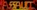
ASSSUT